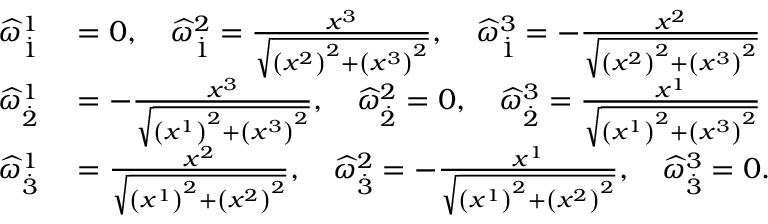
\begin{array} { r l } { \widehat { \omega } _ { \overset { . } { 1 } } ^ { 1 } } & { { } = 0 , \quad \widehat { \omega } _ { \overset { . } { 1 } } ^ { 2 } = \frac { x ^ { 3 } } { \sqrt { \left( x ^ { 2 } \right) ^ { 2 } + \left( x ^ { 3 } \right) ^ { 2 } } } , \quad \widehat { \omega } _ { \overset { . } { 1 } } ^ { 3 } = - \frac { x ^ { 2 } } { \sqrt { \left( x ^ { 2 } \right) ^ { 2 } + \left( x ^ { 3 } \right) ^ { 2 } } } } \\ { \widehat { \omega } _ { \overset { . } { 2 } } ^ { 1 } } & { { } = - \frac { x ^ { 3 } } { \sqrt { \left( x ^ { 1 } \right) ^ { 2 } + \left( x ^ { 3 } \right) ^ { 2 } } } , \quad \widehat { \omega } _ { \overset { . } { 2 } } ^ { 2 } = 0 , \quad \widehat { \omega } _ { \overset { . } { 2 } } ^ { 3 } = \frac { x ^ { 1 } } { \sqrt { \left( x ^ { 1 } \right) ^ { 2 } + \left( x ^ { 3 } \right) ^ { 2 } } } } \\ { \widehat { \omega } _ { \overset { . } { 3 } } ^ { 1 } } & { { } = \frac { x ^ { 2 } } { \sqrt { \left( x ^ { 1 } \right) ^ { 2 } + \left( x ^ { 2 } \right) ^ { 2 } } } , \quad \widehat { \omega } _ { \overset { . } { 3 } } ^ { 2 } = - \frac { x ^ { 1 } } { \sqrt { \left( x ^ { 1 } \right) ^ { 2 } + \left( x ^ { 2 } \right) ^ { 2 } } } , \quad \widehat { \omega } _ { \overset { . } { 3 } } ^ { 3 } = 0 . } \end{array}